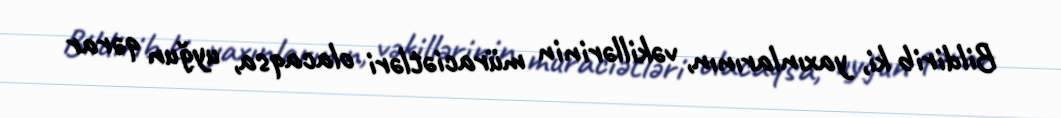
Bildirib ki, yaxınlarının, vəkillərinin müraciətləri olacaqsa, uyğun qərar